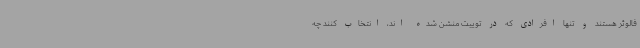
فالوئر هستند و تنها افرادی که در توییت منشن شده اند، انتخاب کنند چه